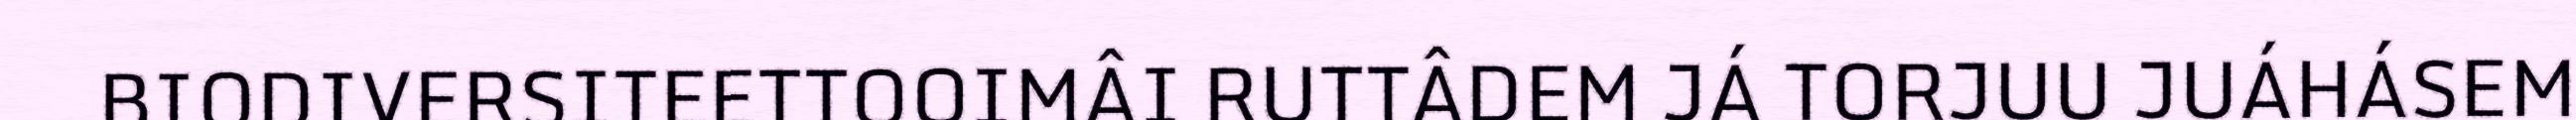
BIODIVERSITEETTOOIMÂI RUTTÂDEM JÁ TORJUU JUÁHÁSEM